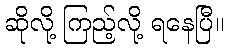
ဆိုလို့ ကြည့်လို့ ရနေပြီ။